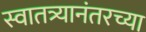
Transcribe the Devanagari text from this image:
स्वातत्र्यानंतरच्या